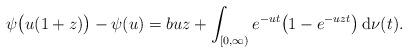
LaTeX: \begin{align*}\psi \big(u(1+z)\big)-\psi (u)=buz+\int _{[0, \infty)}e^{-ut}\big( 1-e^{-uzt} \big) {\: \rm d} \nu (t).\end{align*}